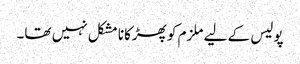
پولیس کے لیے ملزم کو پھڑکانا مشکل نہیں تھا۔